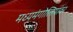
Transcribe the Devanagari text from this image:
मध्यमंगोलियावर